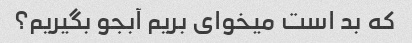
که بد است میخوای بریم آبجو بگیریم؟